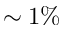
\sim 1 \%